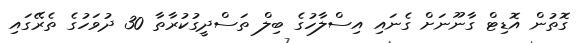
ގޮތުން އޮޑިޓް ގާނޫނަށް ގެނައި އިސްލާހުގެ ބިލް ތަސްދީގުކުރާތާ 30 ދުވަހުގެ ތެރޭގައި